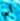
أبي